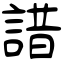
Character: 諎